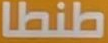
طنطا